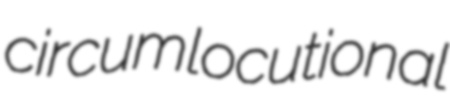
circumlocutional